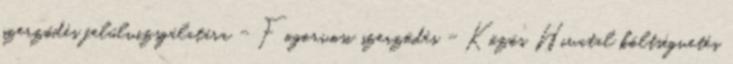
szerződés felülvizsgálatára - Fogorvosi szerződés - Közös Hivatal költségvetés